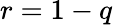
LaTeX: r=1-q